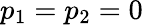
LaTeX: p_{1}=p_{2}=0